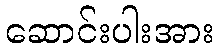
ဆောင်းပါးအား